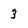
Character: 3